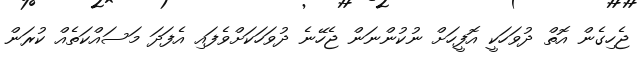
ޖެހިގެން އޮތް ދުވަހަކީ އޮފީހަށް ނުކުންނަން ޖެހޭނެ ދުވަހަކަށްވެފައި އެފަދަ މަސައްކަތެއް ކުރަން